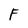
Character: F